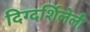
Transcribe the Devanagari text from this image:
दिग्दर्शिलेली